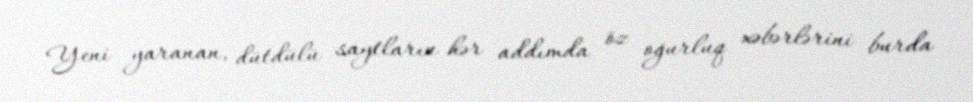
Yeni yaranan, dütdülü saytların hər addımda öz oğurluq xəbərlərini burda